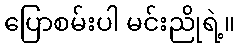
ပြောစမ်းပါ မင်းညိုရဲ့။